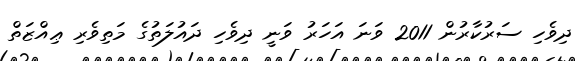
ދިވެހި ސަރުކާރުން 2011 ވަނަ އަހަރު ވަނީ ދިވެހި ދައުލަތުގެ މަތިވެރި ޢިއްޒަތް